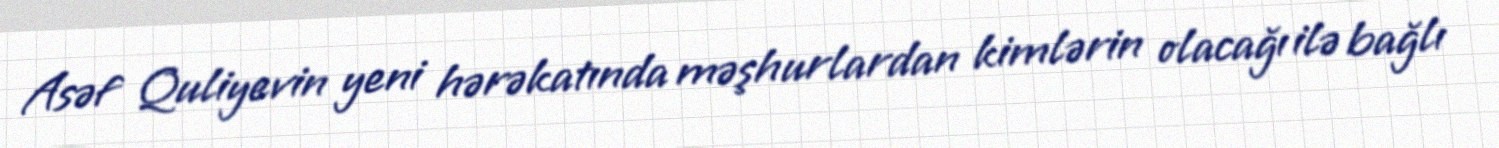
Asəf Quliyevin yeni hərəkatında məşhurlardan kimlərin olacağı ilə bağlı